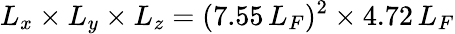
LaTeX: L_{x}\times L_{y}\times L_{z}=(7.55\, L_{F})^{2}\times 4.72\, L_{F}